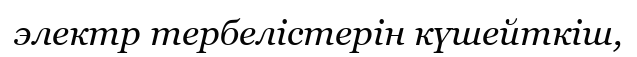
электр тербелістерін күшейткіш,